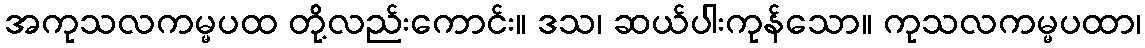
အကုသလကမ္မပထ တို့လည်းကောင်း။ ဒသ၊ ဆယ်ပါးကုန်သော။ ကုသလကမ္မပထာ၊